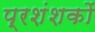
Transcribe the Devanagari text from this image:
प्रशंशकों